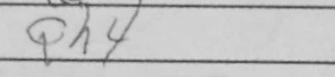
Transcription: Qh4